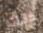
ذلك